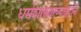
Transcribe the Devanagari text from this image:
धर्मशास्त्राख्याङ्गानि